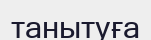
танытуға